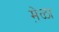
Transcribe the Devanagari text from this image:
मे़ळा